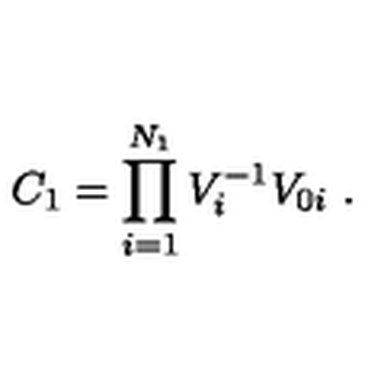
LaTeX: C _ { 1 } = \prod _ { i = 1 } ^ { N _ { 1 } } V _ { i } ^ { - 1 } V _ { 0 i } \ .